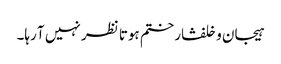
ہیجان وخلفشار ختم ہوتا نظر نہیں آ رہا۔